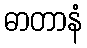
ဓာတာနံ